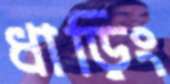
ধাড়িং